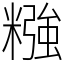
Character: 糨